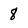
Character: 8